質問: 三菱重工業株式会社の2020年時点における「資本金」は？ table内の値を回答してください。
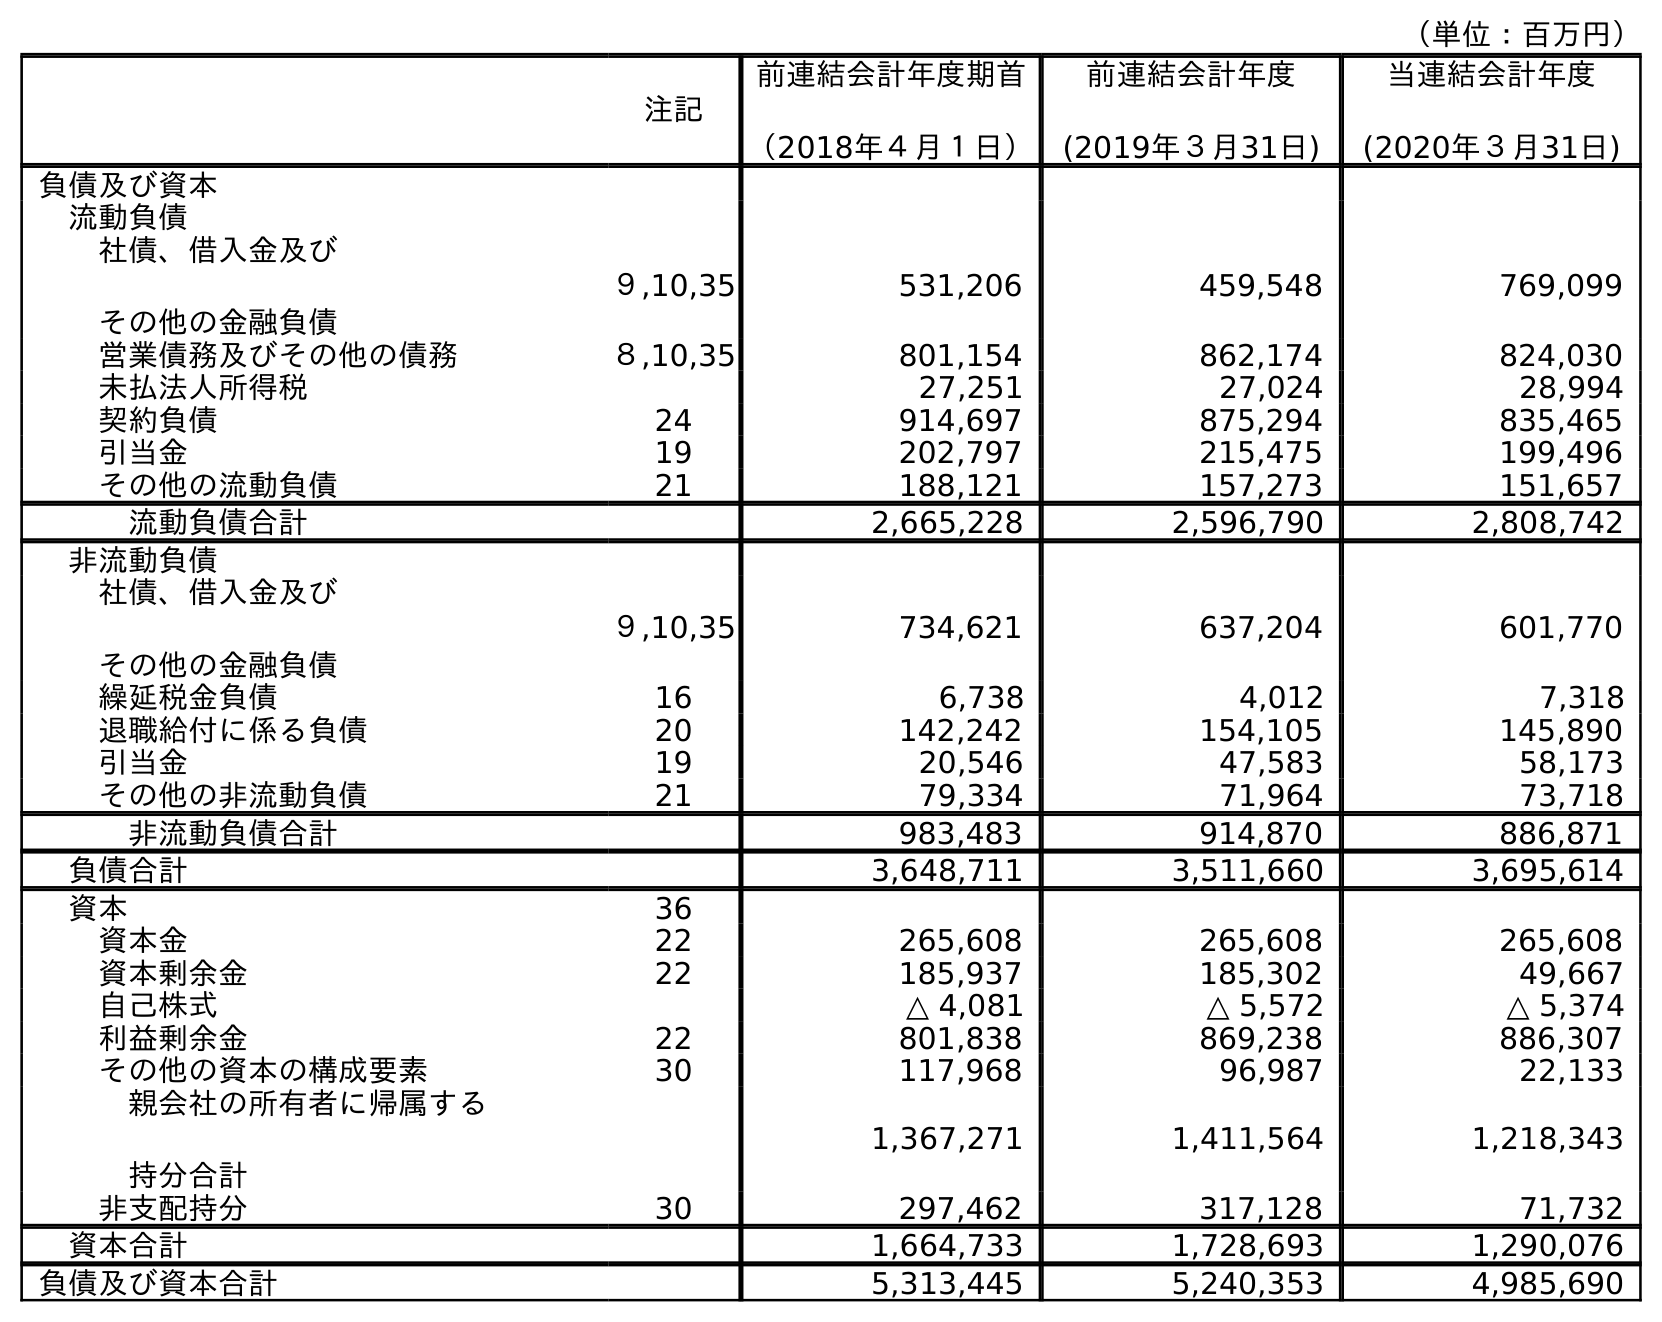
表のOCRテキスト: （単位：百万円） 注記 前連結会計年度期首 （2018年４月１日） 前連結会計年度 (2019年３月31日) 当連結会計年度 (2020年３月31日) 負債及び資本 流動負債 社債、借入金及び その他の金融負債 ９,10,35 531,206 459,548 769,099 営業債務及びその他の債務 ８,10,35 801,154 862,174 824,030 未払法人所得税 27,251 27,024 28,994 契約負債 24 914,697 875,294 835,465 引当金 19 202,797 215,475 199,496 その他の流動負債 21 188,121 157,273 151,657 流動負債合計 2,665,228 2,596,790 2,808,742 非流動負債 社債、借入金及び その他の金融負債 ９,10,35 734,621 637,204 601,770 繰延税金負債 16 6,738 4,012 7,318 退職給付に係る負債 20 142,242 154,105 145,890 引当金 19 20,546 47,583 58,173 その他の非流動負債 21 79,334 71,964 73,718 非流動負債合計 983,483 914,870 886,871 負債合計 3,648,711 3,511,660 3,695,614 資本 36 資本金 22 265,608 265,608 265,608 資本剰余金 22 185,937 185,302 49,667 自己株式 △ 4,081 △ 5,572 △ 5,374 利益剰余金 22 801,838 869,238 886,307 その他の資本の構成要素 30 117,968 96,987 22,133 親会社の所有者に帰属する 持分合計 1,367,271 1,411,564 1,218,343 非支配持分 30 297,462 317,128 71,732 資本合計 1,664,733 1,728,693 1,290,076 負債及び資本合計 5,313,445 5,240,353 4,985,690
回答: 265,608